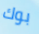
بوك